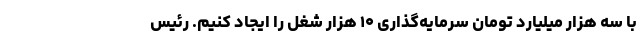
با سه هزار میلیارد تومان سرمایه‌گذاری ۱۰ هزار شغل را ایجاد کنیم. رئیس